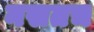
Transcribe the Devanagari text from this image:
नसतच